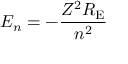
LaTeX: E _ { n } = - { \frac { Z ^ { 2 } R _ { \mathrm { E } } } { n ^ { 2 } } }